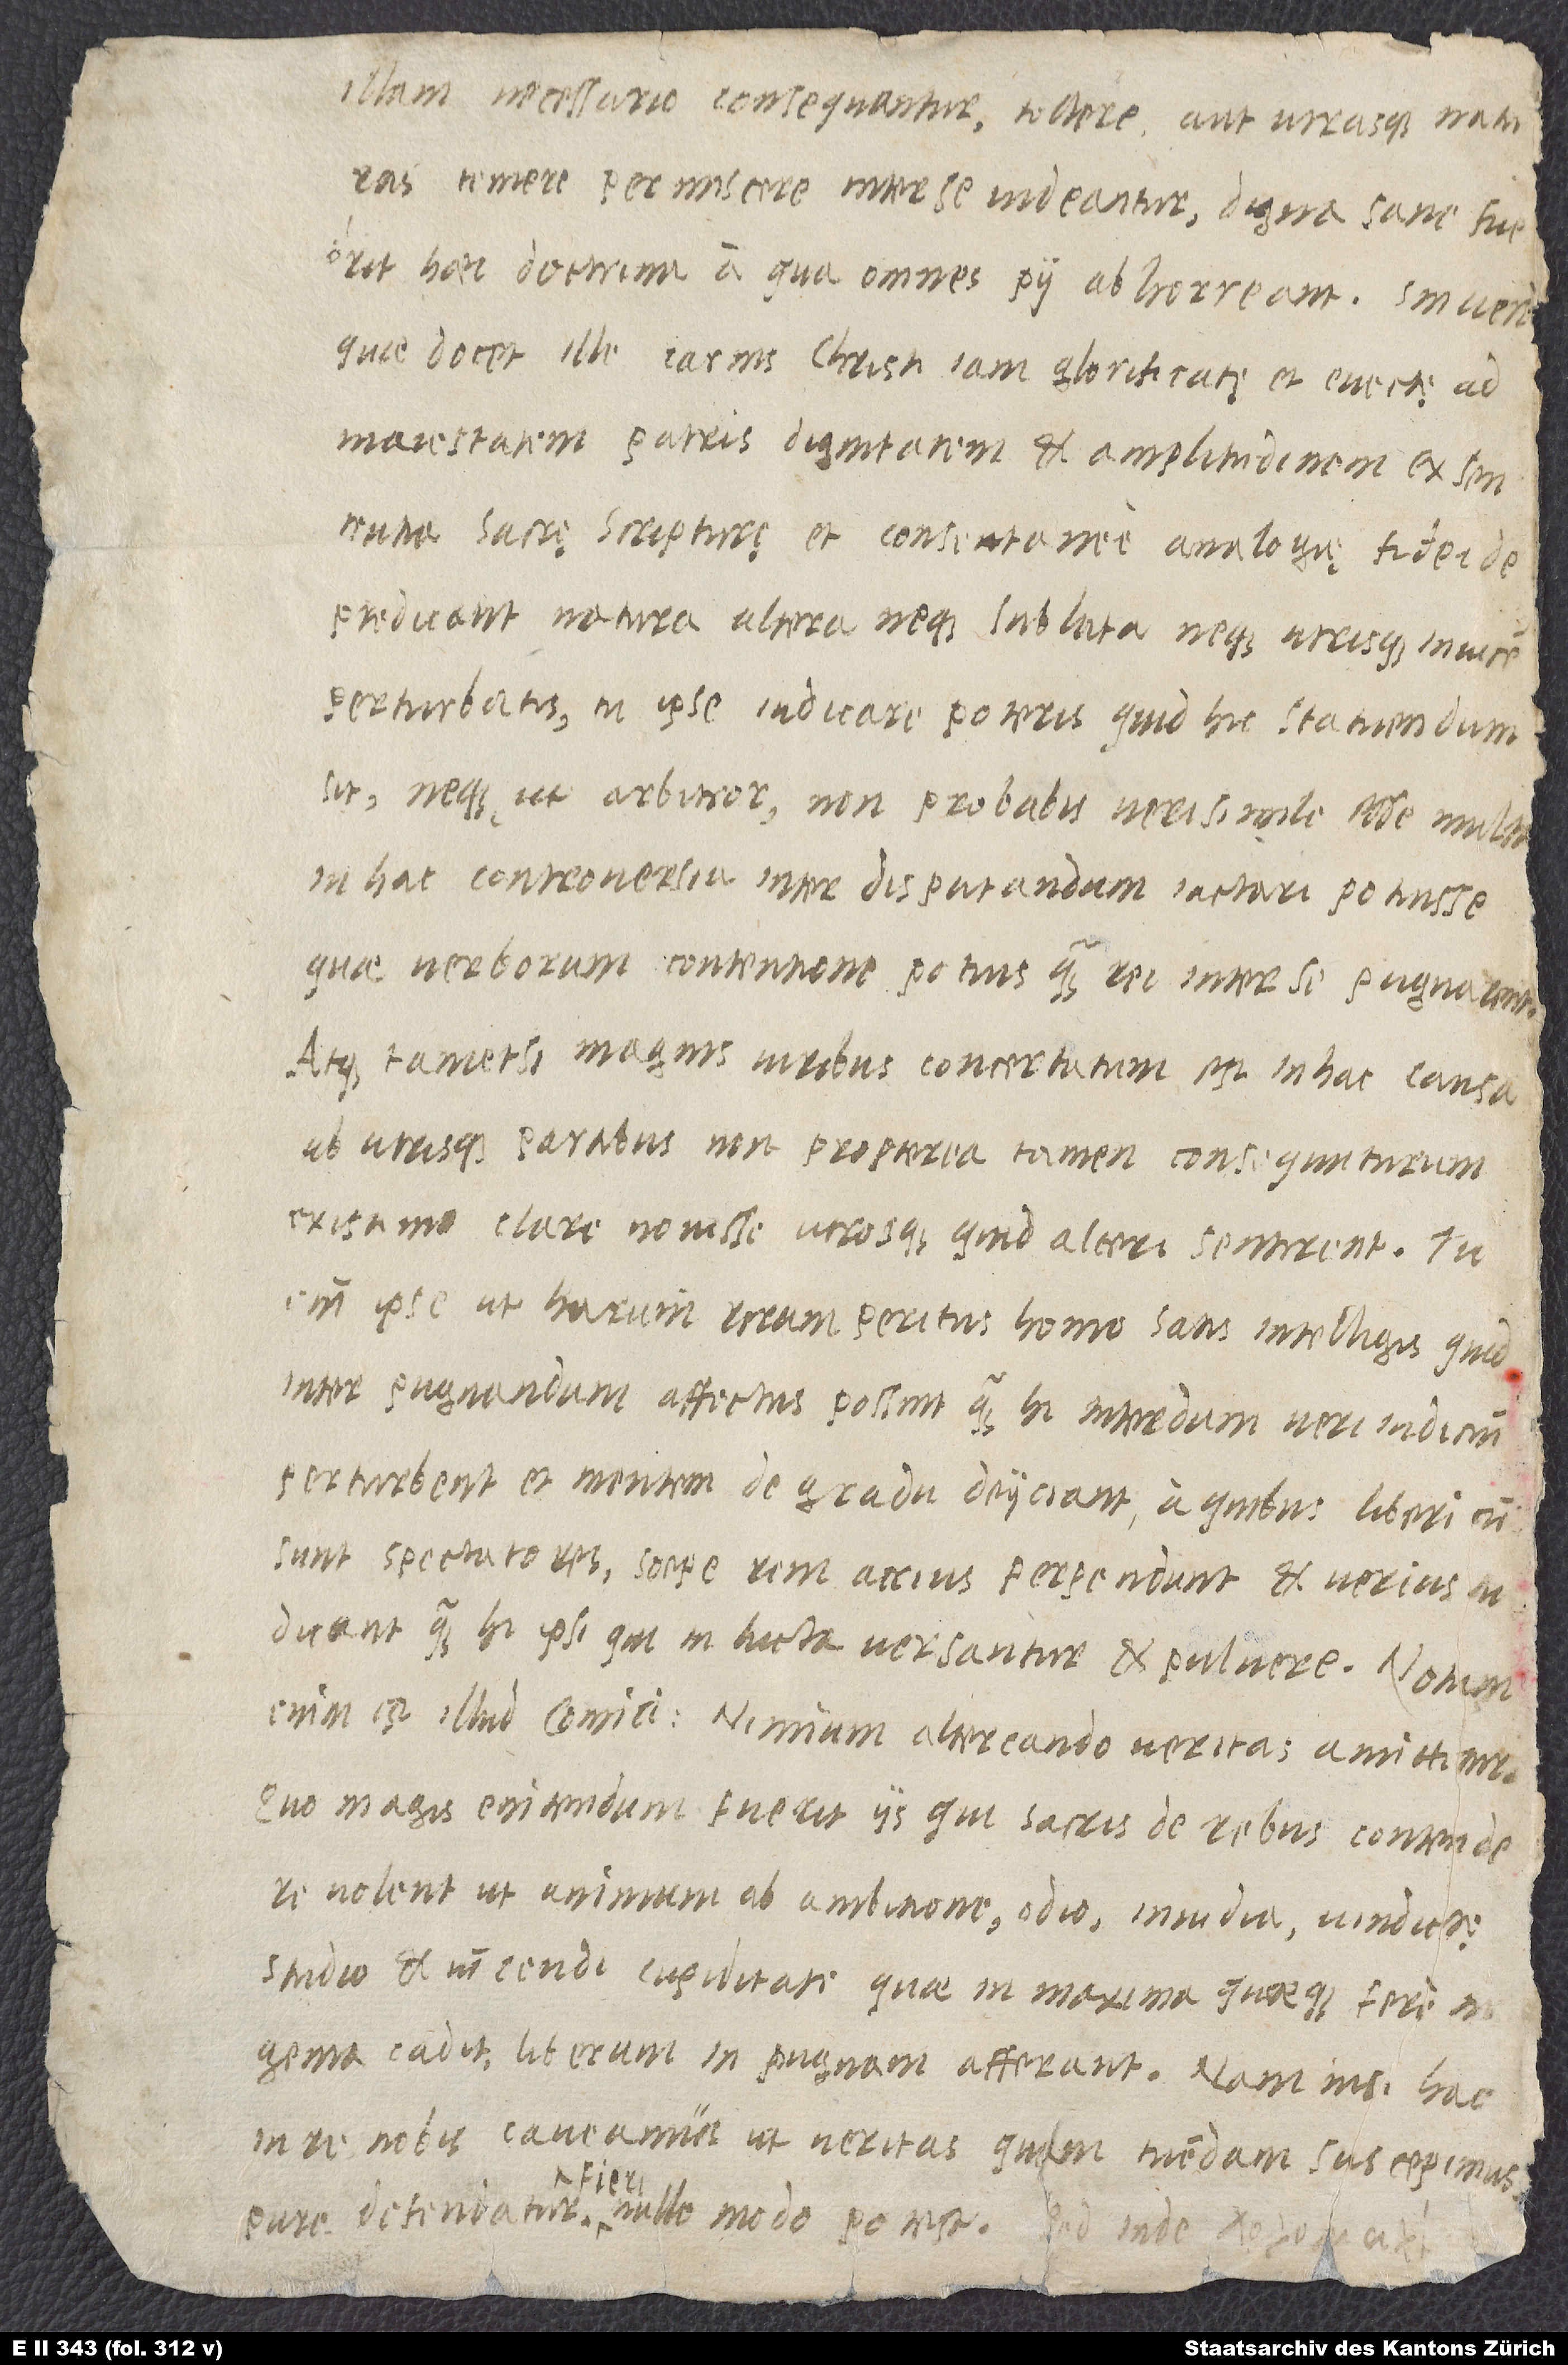
illam necessario consequantur, tollere aut utrasque naturas
temere permiscere inter se videantur, digna sane fuerit
haec doctrina, a qua omnes pii abhorreant. Sin vero,
quae docet ille, carnis Christi iam glorificatę et evectę ad
maiestatem patris dignitatem et amplitudinem ex sententia
sacrę scripturę et consentanee analogię fidei
depredicant natura altera neque sublata neque utrisque invicem
perturbatis, tu ipse iudicare poteris, quid hic statuendum
sit, neque, ut arbitror, non probabis verisimile esse mult
in hac controversia inter disputandum iactari potuisse,
quae verborum contentione potius quam rei inter se pugnarent.
Atque, tametsi magnis viribus concertatum est in hac causa
ab utrisque partibus, non propterea tamen consequuturum
existimo clare novisse utrosque, quid alteri sentirent. Tu
enim ipse ut harum rerum peritus homo satis intelligis, quid
inter pugnandum affectus possint, quam hi interdum veri iudicium
perturbent et mentem de gradu deiiciant, a quibus liberi, cum
sunt spectatores, saepe rem acrius perpendunt et verius
iudicant quam hi ipsi, qui in lucta versantur et pulvere. Notum
enim est illud comici: „Nimium altercando veritas amittitur.“
Quo magis enitendum fuerit iis, qui sacris de rebus contendere
volent, ut animum ab ambitione, odio, invidia, vindictę
studio et vincendi cupiditate, quae in maxima quaeque fere
ingenia cadit, liberum in pugnam afferant. Nam nisi hac
in re nobis caveamus, ut veritas, quam tuendam suscepimus,